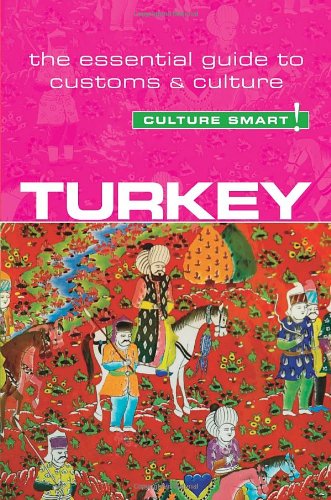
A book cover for Turkey - Culture Smart!: The Essential Guide to Customs & Culture; Charlotte McPherson; Business & Money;